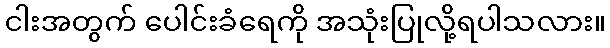
ငါးအတွက် ပေါင်းခံရေကို အသုံးပြုလို့ရပါသလား။